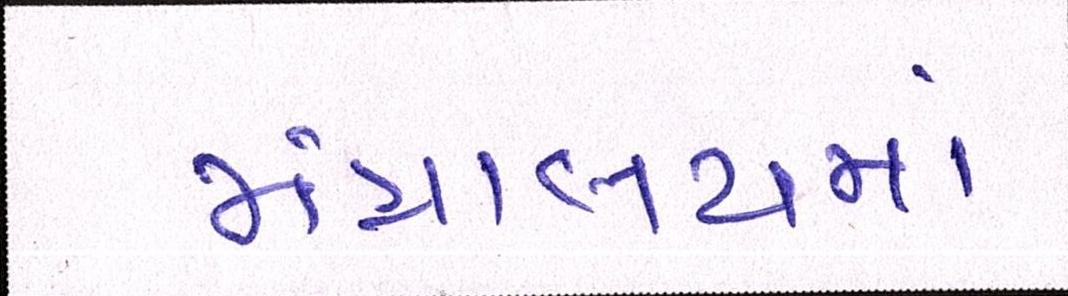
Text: મંત્રાલયમાં